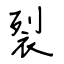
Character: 裂